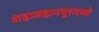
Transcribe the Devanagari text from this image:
शहाजहानपूरमध्ये